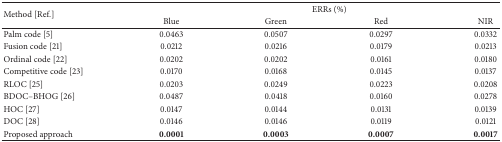
<table><thead><tr><td rowspan="2"><b>Method [Ref.]</b></td><td colspan="4"><b>ERRs (%)</b></td></tr><tr><td><b>Blue </b></td><td><b>Green</b></td><td><b>Red</b></td><td><b>NIR</b></td></tr></thead><tbody><tr><td>Palm code [5]</td><td>0.0463</td><td>0.0507</td><td>0.0297</td><td>0.0332</td></tr><tr><td>Fusion code [21]</td><td>0.0212</td><td>0.0216</td><td>0.0179</td><td>0.0213</td></tr><tr><td>Ordinal code [22]</td><td>0.0202</td><td>0.0202</td><td>0.0161</td><td>0.0180</td></tr><tr><td>Competitive code [23]</td><td>0.0170</td><td>0.0168</td><td>0.0145</td><td>0.0137</td></tr><tr><td>RLOC [25]</td><td>0.0203</td><td>0.0249</td><td>0.0223</td><td>0.0208</td></tr><tr><td>BDOC–BHOG [26]</td><td>0.0487</td><td>0.0418</td><td>0.0160</td><td>0.0278</td></tr><tr><td>HOC [27]</td><td>0.0147</td><td>0.0144</td><td>0.0131</td><td>0.0139</td></tr><tr><td>DOC [28]</td><td>0.0146</td><td>0.0146</td><td>0.0119</td><td>0.0121</td></tr><tr><td>Proposed approach</td><td><b>0.0001</b></td><td><b>0.0003</b></td><td><b>0.0007</b></td><td><b>0.0017</b></td></tr></tbody></table>